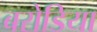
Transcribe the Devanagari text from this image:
बरोडिया